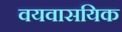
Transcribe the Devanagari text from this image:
वयवासयिक